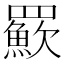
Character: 𦌸